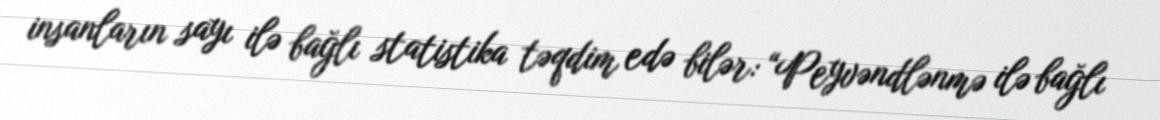
insanların sayı ilə bağlı statistika təqdim edə bilər: “Peyvəndlənmə ilə bağlı